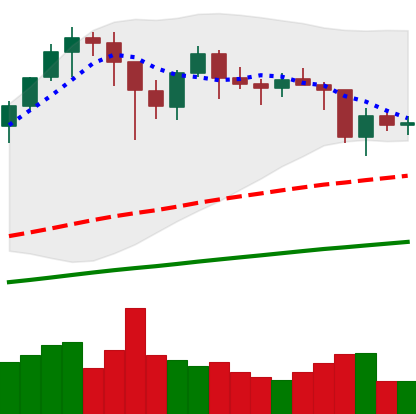
Ticker: BTC-USD
Chart end date: 2021-01-24
Forward return: 6.278%
Label: up_5_7